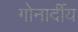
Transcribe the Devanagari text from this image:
गोनार्दीय